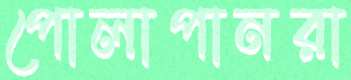
পোলাপানরা